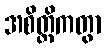
အစိတ္တိကတွာ